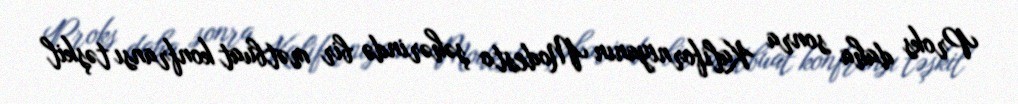
Proks daha sonra Kaliforniyanın Modesto şəhərində bir mətbuat konfransı təşkil